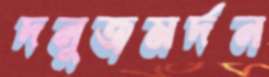
দনুজমর্দন